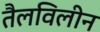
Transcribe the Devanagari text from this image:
तैलविलीन